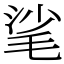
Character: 㲚